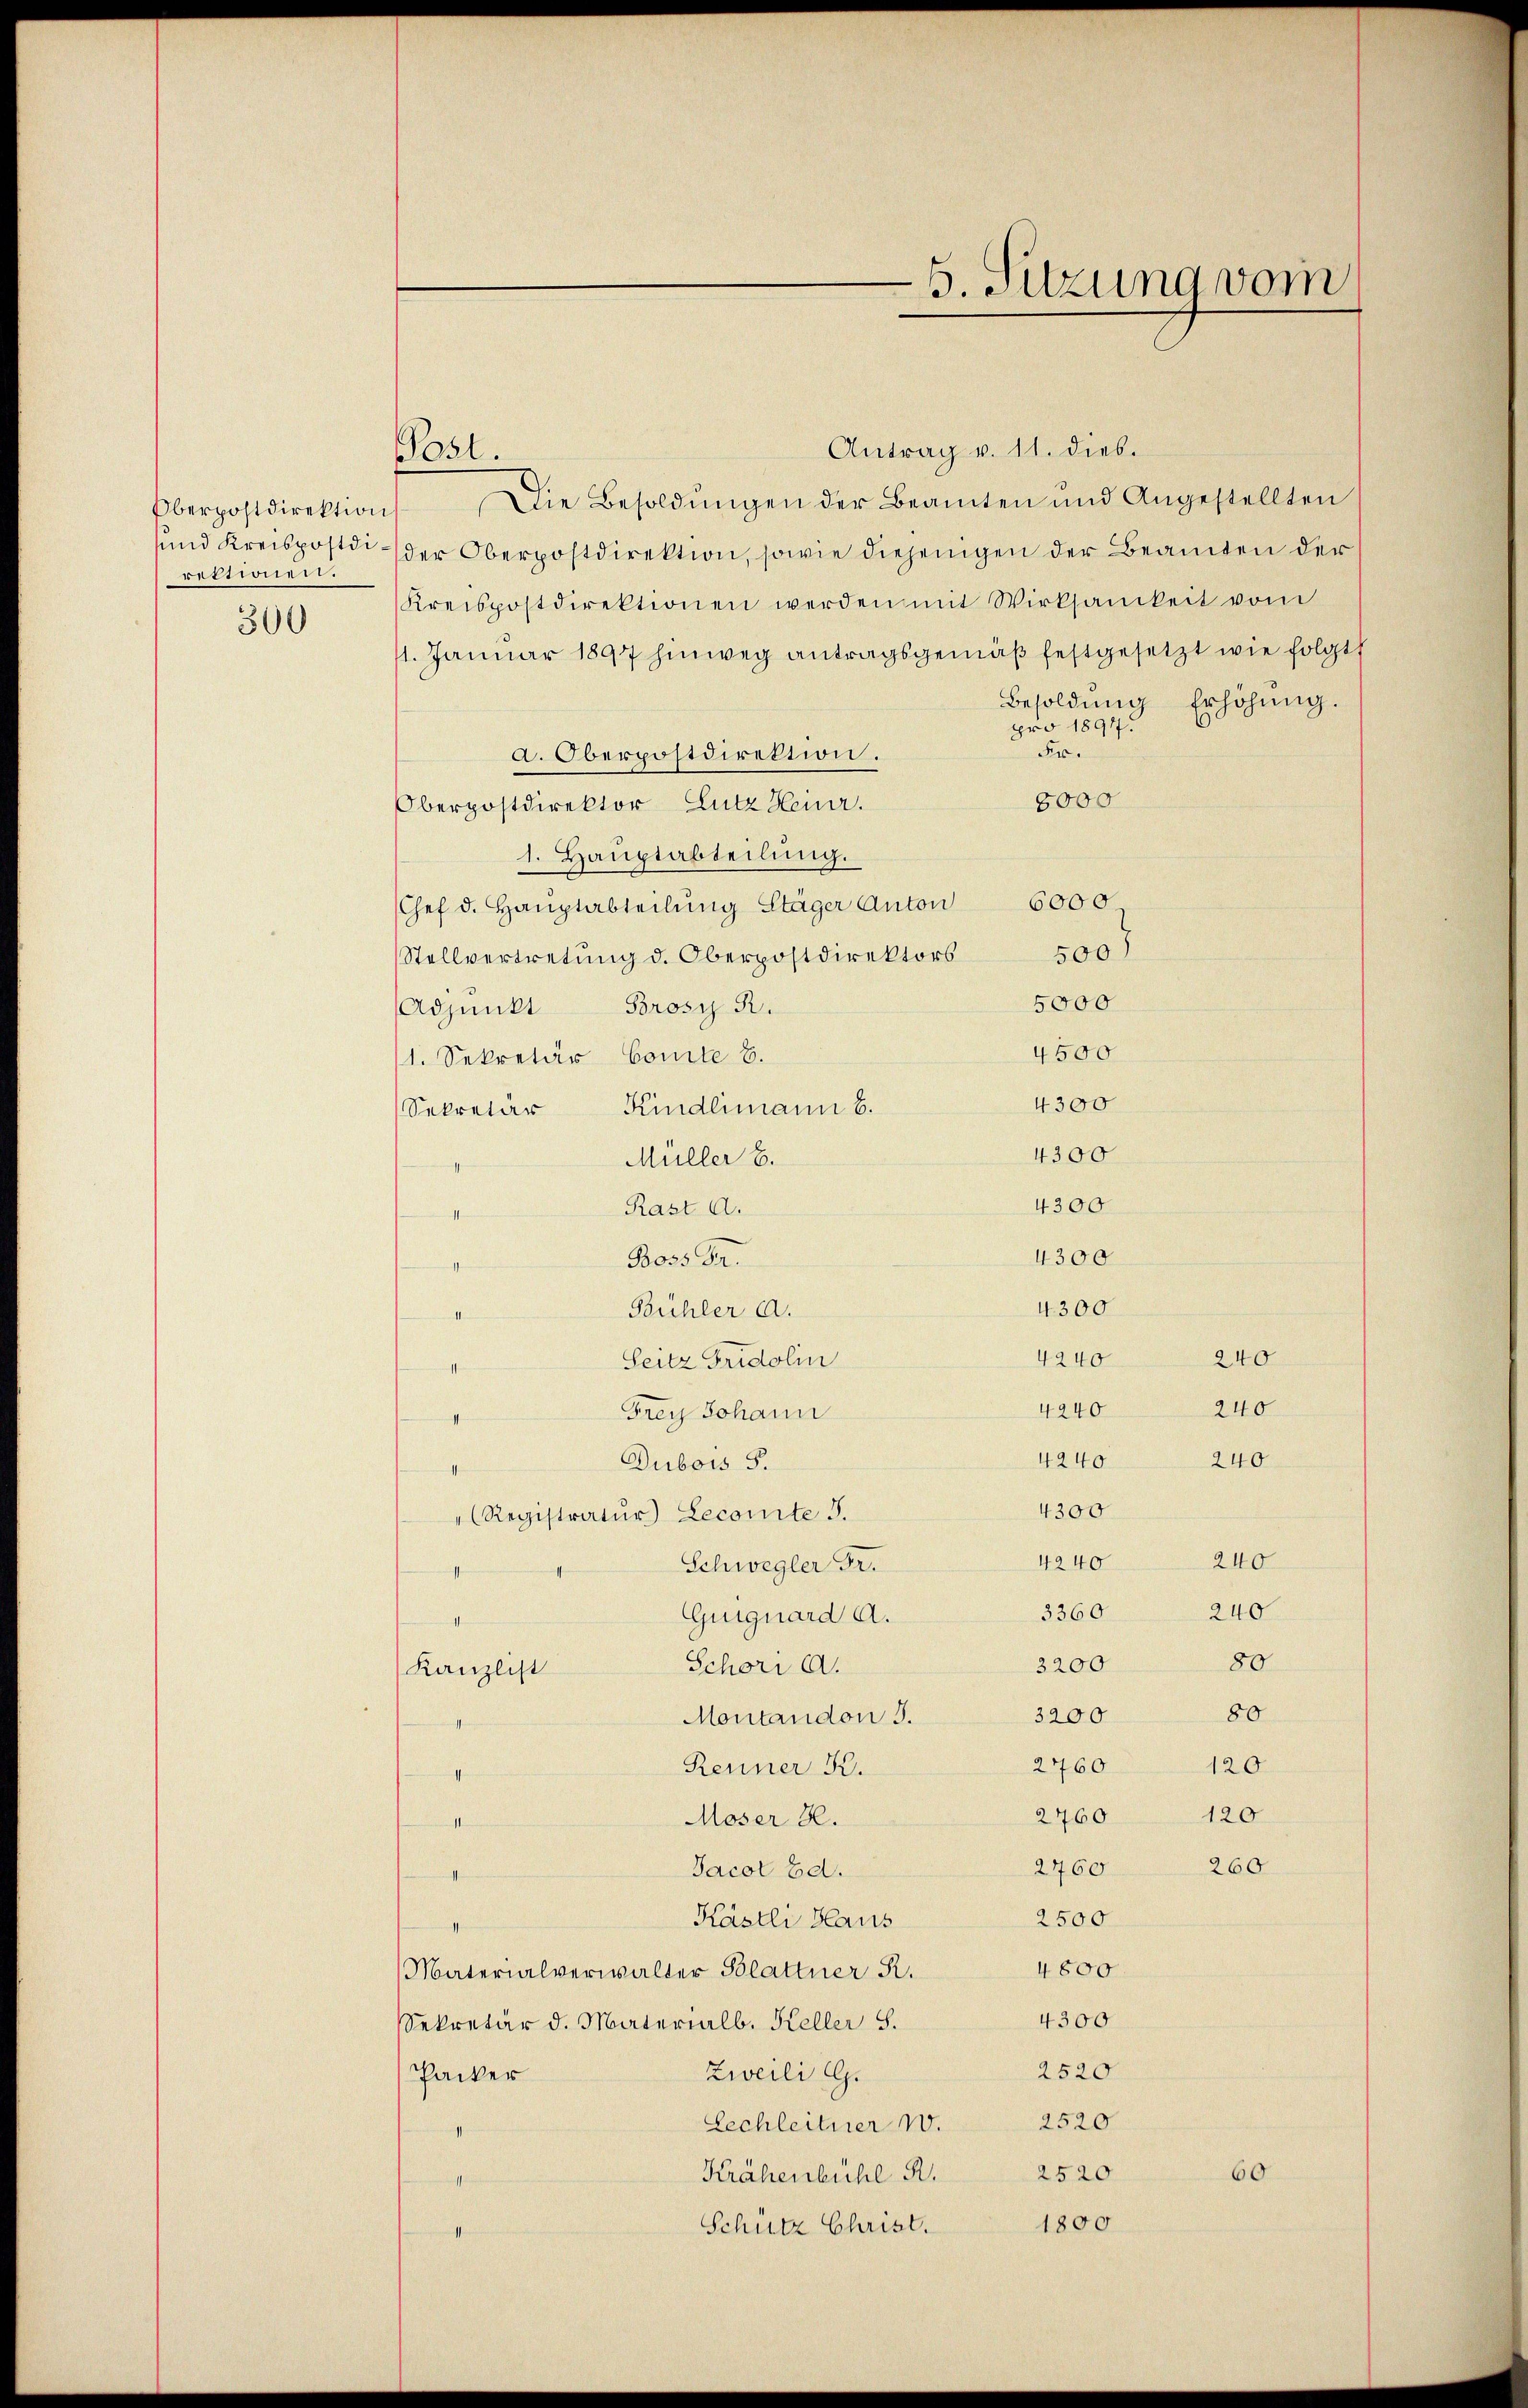
Oberpostdirektion
rektionen.
300

Post.

5. Sitzung vom

Antrag v. 11. dies.
Die Besoldungen der Beamten und Angestellten
und Kreispostdi- der Oberpostdirektion, sowie diejenigen der Beamten der
Kreispostdirektionen werden mit Wirksamkeit vom
11. Januar 1897 hinweg antragsgemäß festgesetzt wie folgt,
Besoldung Erhöhŭng.
pro 1894.
Fr.
a. Oberpostdirektion.
8000
Oberpostdirektor Lutz Heinr.
1. Hauptabteilung.
Chef d. Hauptabteilŭng Stäger Anton 6000.
Stellvertretung d. Oberpostdirektors 500)
5000
Adjunkt Brosi R.
4500
1. Sekretär Comite 8.
4300
Kindlimann B.
Sekretär
4300
Müller 8.
4300
Rast a.
4300
Boss Fr.
4300
Bühler a.
4240
240
Seitz Fridolin
240
4240
Frey Johann
4240 240
Dubois S.
4300
Registratur Lecomite J.
240
4240
Schwegler Fr.
240
3360
Guiguard A.
ich
80
3200
Schori a.
Kanzlist
80
3200
Montandon 3.
2760
120
Renner K.
nerisch sin
2760
120
Moser H.
aestim
260
2760
Jacot Ed.
e
2500
Kästli Haus
4800
Materialverwalter Blattner R.
4300
Sekretär d. Materialb. Keller S.
2520
Packer
Zweili G.
Lechleitner 10. 2520
2520
Krähenbühl R.
60
1800
Schütz Christ.
1